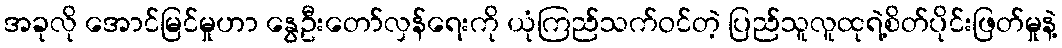
အခုလို အောင်မြင်မှုဟာ နွေဦးတော်လှန်ရေးကို ယုံကြည်သက်ဝင်တဲ့ ပြည်သူလူထုရဲ့စိတ်ပိုင်းဖြတ်မှုနဲ့